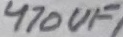
Text: 470UF